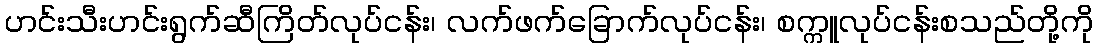
ဟင်းသီးဟင်းရွက်ဆီကြိတ်လုပ်ငန်း၊ လက်ဖက်ခြောက်လုပ်ငန်း၊ စက္ကူလုပ်ငန်းစသည်တို့ကို